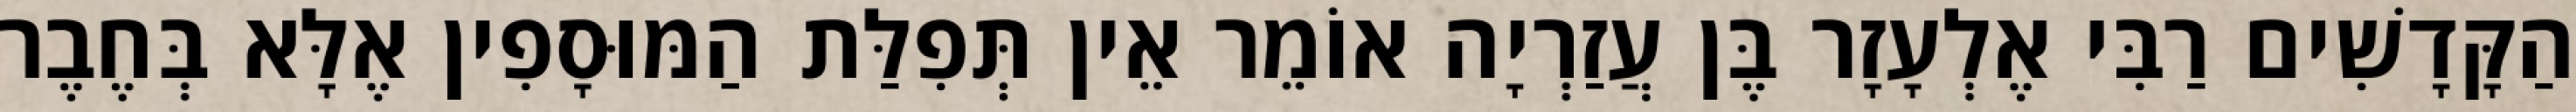
הַקָּדָשִׁים רַבִּי אֶלְעָזָר בֶּן עֲזַרְיָה אוֹמֵר אֵין תְּפִלַּת הַמּוּסָפִין אֶלָּא בְּחֶבֶר